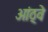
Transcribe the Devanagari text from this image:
आंठ्वे